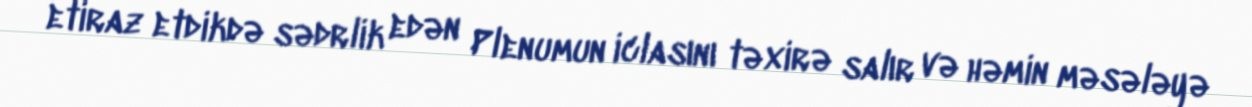
etiraz etdikdə sədrlik edən Plenumun iclasını təxirə salır və həmin məsələyə